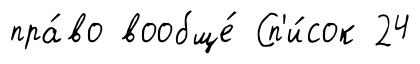
пра́во вообще́ Сп'и́сок 24